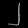
Digit: ၂